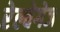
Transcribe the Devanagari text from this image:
रेल्वेगेज